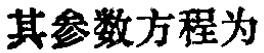
其参数方程为